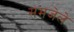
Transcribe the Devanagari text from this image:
समजेले